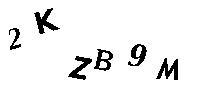
2KZB9M